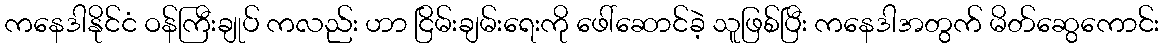
ကနေဒါနိုင်ငံ ဝန်ကြီးချုပ် ကလည်း ဟာ ငြိမ်းချမ်းရေးကို ဖေါ်ဆောင်ခဲ့ သူဖြစ်ပြီး ကနေဒါအတွက် မိတ်ဆွေကောင်း